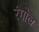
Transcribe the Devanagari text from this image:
रंगोल